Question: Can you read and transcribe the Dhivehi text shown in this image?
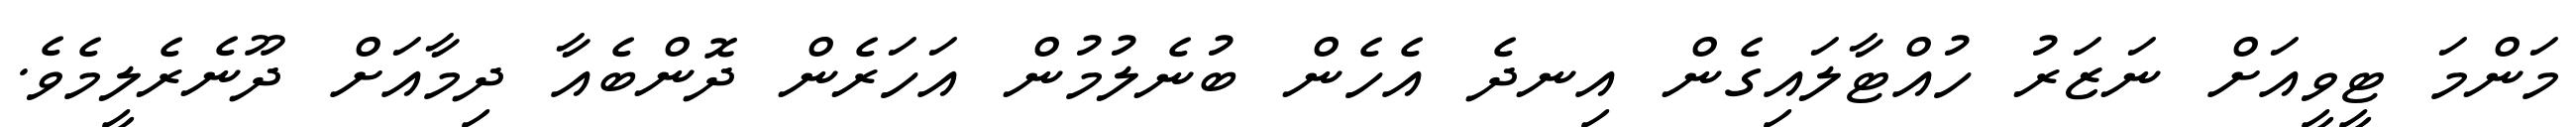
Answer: މަންމަ ޓީވީއަށް ނަޒަރު ހުއްޓާލައިގެން އިނދެ އެހެން ބުނެލުމުން އަހަރެން ދޮންބެއާ ދިމާއަށް ދޫނެރެލީމެވެ.